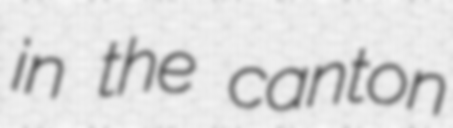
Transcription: in the canton